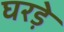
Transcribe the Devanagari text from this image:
घरड़े